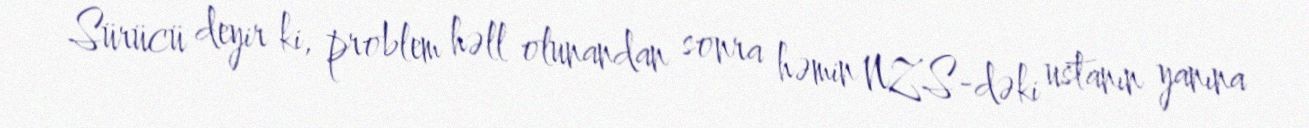
Sürücü deyir ki, problem həll olunandan sonra həmin NZS-dəki ustanın yanına